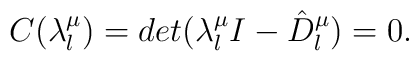
C(\lambda^{\mu}_{l})=det(\lambda^{\mu}_{l}I-\hat{D}^{\mu}_{l})=0.